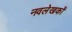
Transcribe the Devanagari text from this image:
नवलेखकों